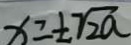
x = \pm \sqrt { 2 a }